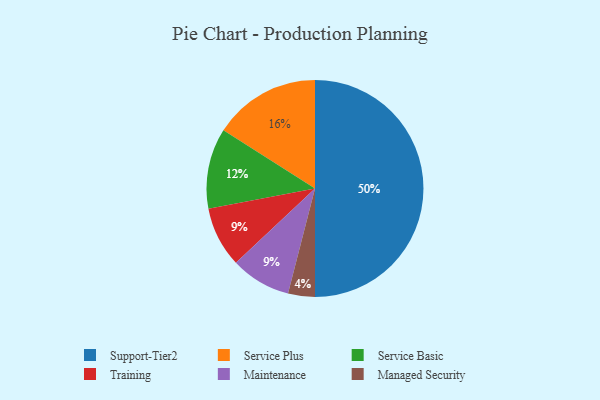
{"axis": {"x": "Category", "y": "Percentage"}, "legend": ["Maintenance", "Managed Security", "Service Basic", "Service Plus", "Support-Tier2", "Training"], "data": [{"x": "Managed Security", "y": 4, "type": "Managed Security"}, {"x": "Training", "y": 9, "type": "Training"}, {"x": "Service Basic", "y": 12, "type": "Service Basic"}, {"x": "Support-Tier2", "y": 50, "type": "Support-Tier2"}, {"x": "Service Plus", "y": 16, "type": "Service Plus"}, {"x": "Maintenance", "y": 9, "type": "Maintenance"}]}